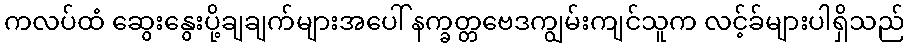
ကလပ်ထံ ဆွေးနွေးပို့ချချက်များအပေါ် နက္ခတ္တဗေဒကျွမ်းကျင်သူက လင့်ခ်များပါရှိသည်